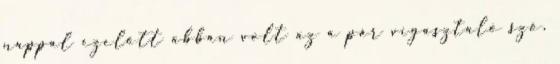
nappal ezelőtt abban volt az a pár vígasztaló szó,